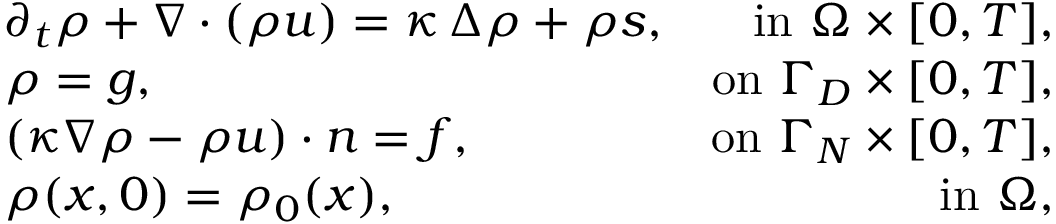
\begin{array} { r l r } & { \partial _ { t } \rho + \nabla \cdot ( \rho u ) = \kappa \, \Delta \rho + \rho s , } & { \mathrm { i n ~ } \Omega \times [ 0 , T ] , } \\ & { \rho = g , } & { \mathrm { o n ~ } \Gamma _ { D } \times [ 0 , T ] , } \\ & { ( \kappa \nabla \rho - \rho u ) \cdot n = f , } & { \mathrm { o n ~ } \Gamma _ { N } \times [ 0 , T ] , } \\ & { \rho ( x , 0 ) = \rho _ { 0 } ( x ) , } & { \mathrm { i n ~ } \Omega , } \end{array}